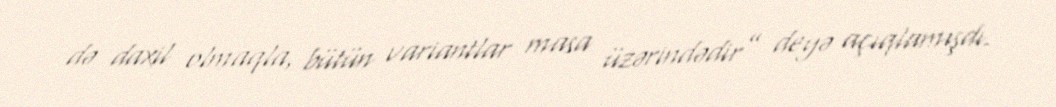
də daxil olmaqla, bütün variantlar masa üzərindədir” deyə açıqlamışdı.